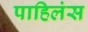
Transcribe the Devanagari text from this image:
पाहिलंस